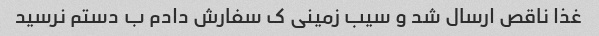
غذا ناقص ارسال شد و سیب زمینی ک سفارش دادم ب دستم نرسید